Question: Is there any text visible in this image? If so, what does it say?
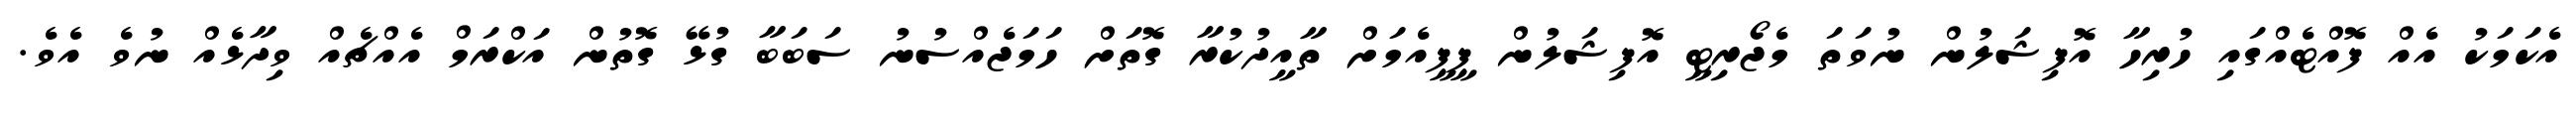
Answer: އެކަމަކު އެއް ފޮއްޓެއްގައި ހުރިހާ އޮފިޝަލުން ނުވަތަ މެޖޯރިޓީ އޮފިޝަލުން ޕީޕީއެމަށް ތާއީދުކުރާ ގޮތަށް ހަމަޖެއްސުނު ސަބަބާ ގުޅޭ ގޮތުން އަކްރަމް އެއްޗެއް ވިދާޅެއް ނުވެ އެވެ.